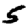
Digit: 5